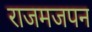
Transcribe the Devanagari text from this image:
राजमजपन